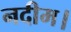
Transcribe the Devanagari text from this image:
नदीम।